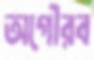
অগৌরব